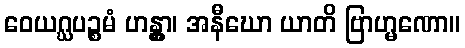
ဝေယဂ္ဃပဉ္စမံ ဟန္တွာ၊ အနီဃော ယာတိ ဗြာဟ္မဏော။